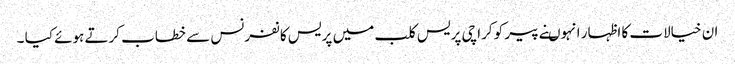
ان خیالات کا اظہار انہوںنے پیر کو کراچی پریس کلب میں پریس کانفرنس سے خطاب کرتے ہوئے کیا ۔